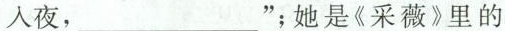
入夜，___”；她是《采薇》里的